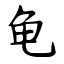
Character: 龟